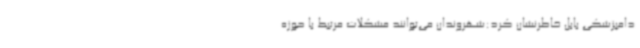
دامپزشکی بابل خاطرنشان کرد:شهروندان می‌توانند مشکلات مرتبط با حوزه